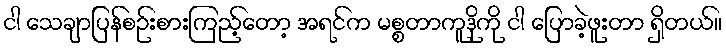
ငါ သေချာပြန်စဉ်းစားကြည့်တော့ အရင်က မစ္စတာကူဒိုကို ငါ ပြောခဲ့ဖူးတာ ရှိတယ်။